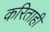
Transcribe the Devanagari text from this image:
करिताही